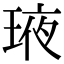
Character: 𤥿